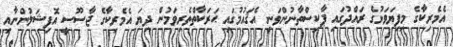
އެމެރިކާގެ މިފިޔަވަޅުގެ ރައްދުގައި ޕާކިސްތާނުންވަނީ އެޤައުމުގައި ޙަރަކާތްތެރިވަމުން ދިޔަ އެމެރިކާގެ ޖާސޫސީ އޮފިޝަލުންނާއި